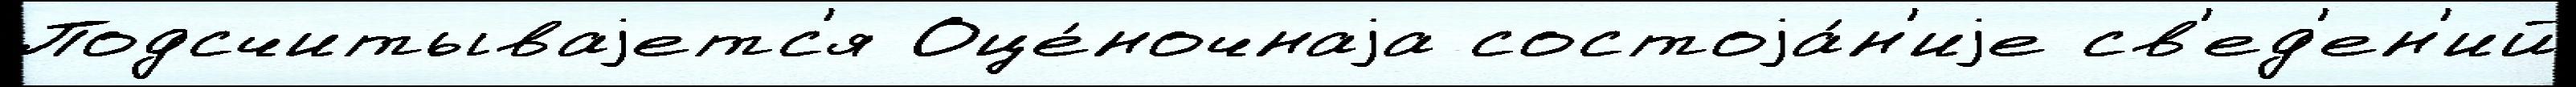
Подсчитываjетс'я Оце́ночнаjа состоjа́н'иjе св'ед'ен'ий